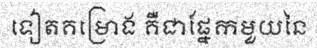
ទៀតគម្រោង គឺជាផ្នែកមួយនៃ